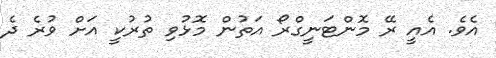
އެވެ. އެއީ ރޭ މޮންޓަނީގްރޯ އަތުން މޮޅުވި ތުރުކީ އަށް ވުރެ ދެ